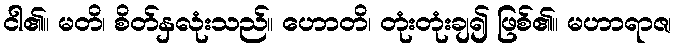
ငါ၏။ မတိ၊ စိတ်နှလုံးသည်။ ဟောတိ၊ တုံးတုံးချ၍ ဖြစ်၏။ မဟာရာဇ၊